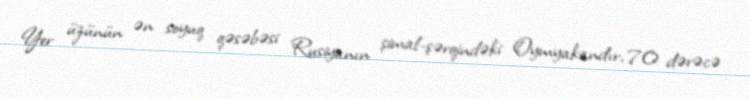
Yer üzünün ən soyuq qəsəbəsi Rusiyanın şimal-şərqindəki Oymyakandır, 70 dərəcə